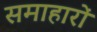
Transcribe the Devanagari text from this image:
समाहारों